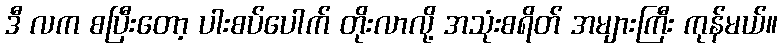
ဒီ လက စပြီးတော့ ပါးစပ်ပေါက် တိုးလာလို့ အသုံးစရိတ် အများကြီး ကုန်မယ်။